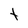
Character: t